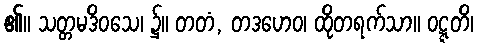
၏။ သတ္တမဒိဝသေ၊ ၌။ တတံ, တဒဟေဝ၊ ထိုတရက်သာ။ ဝဋ္ဋတိ၊